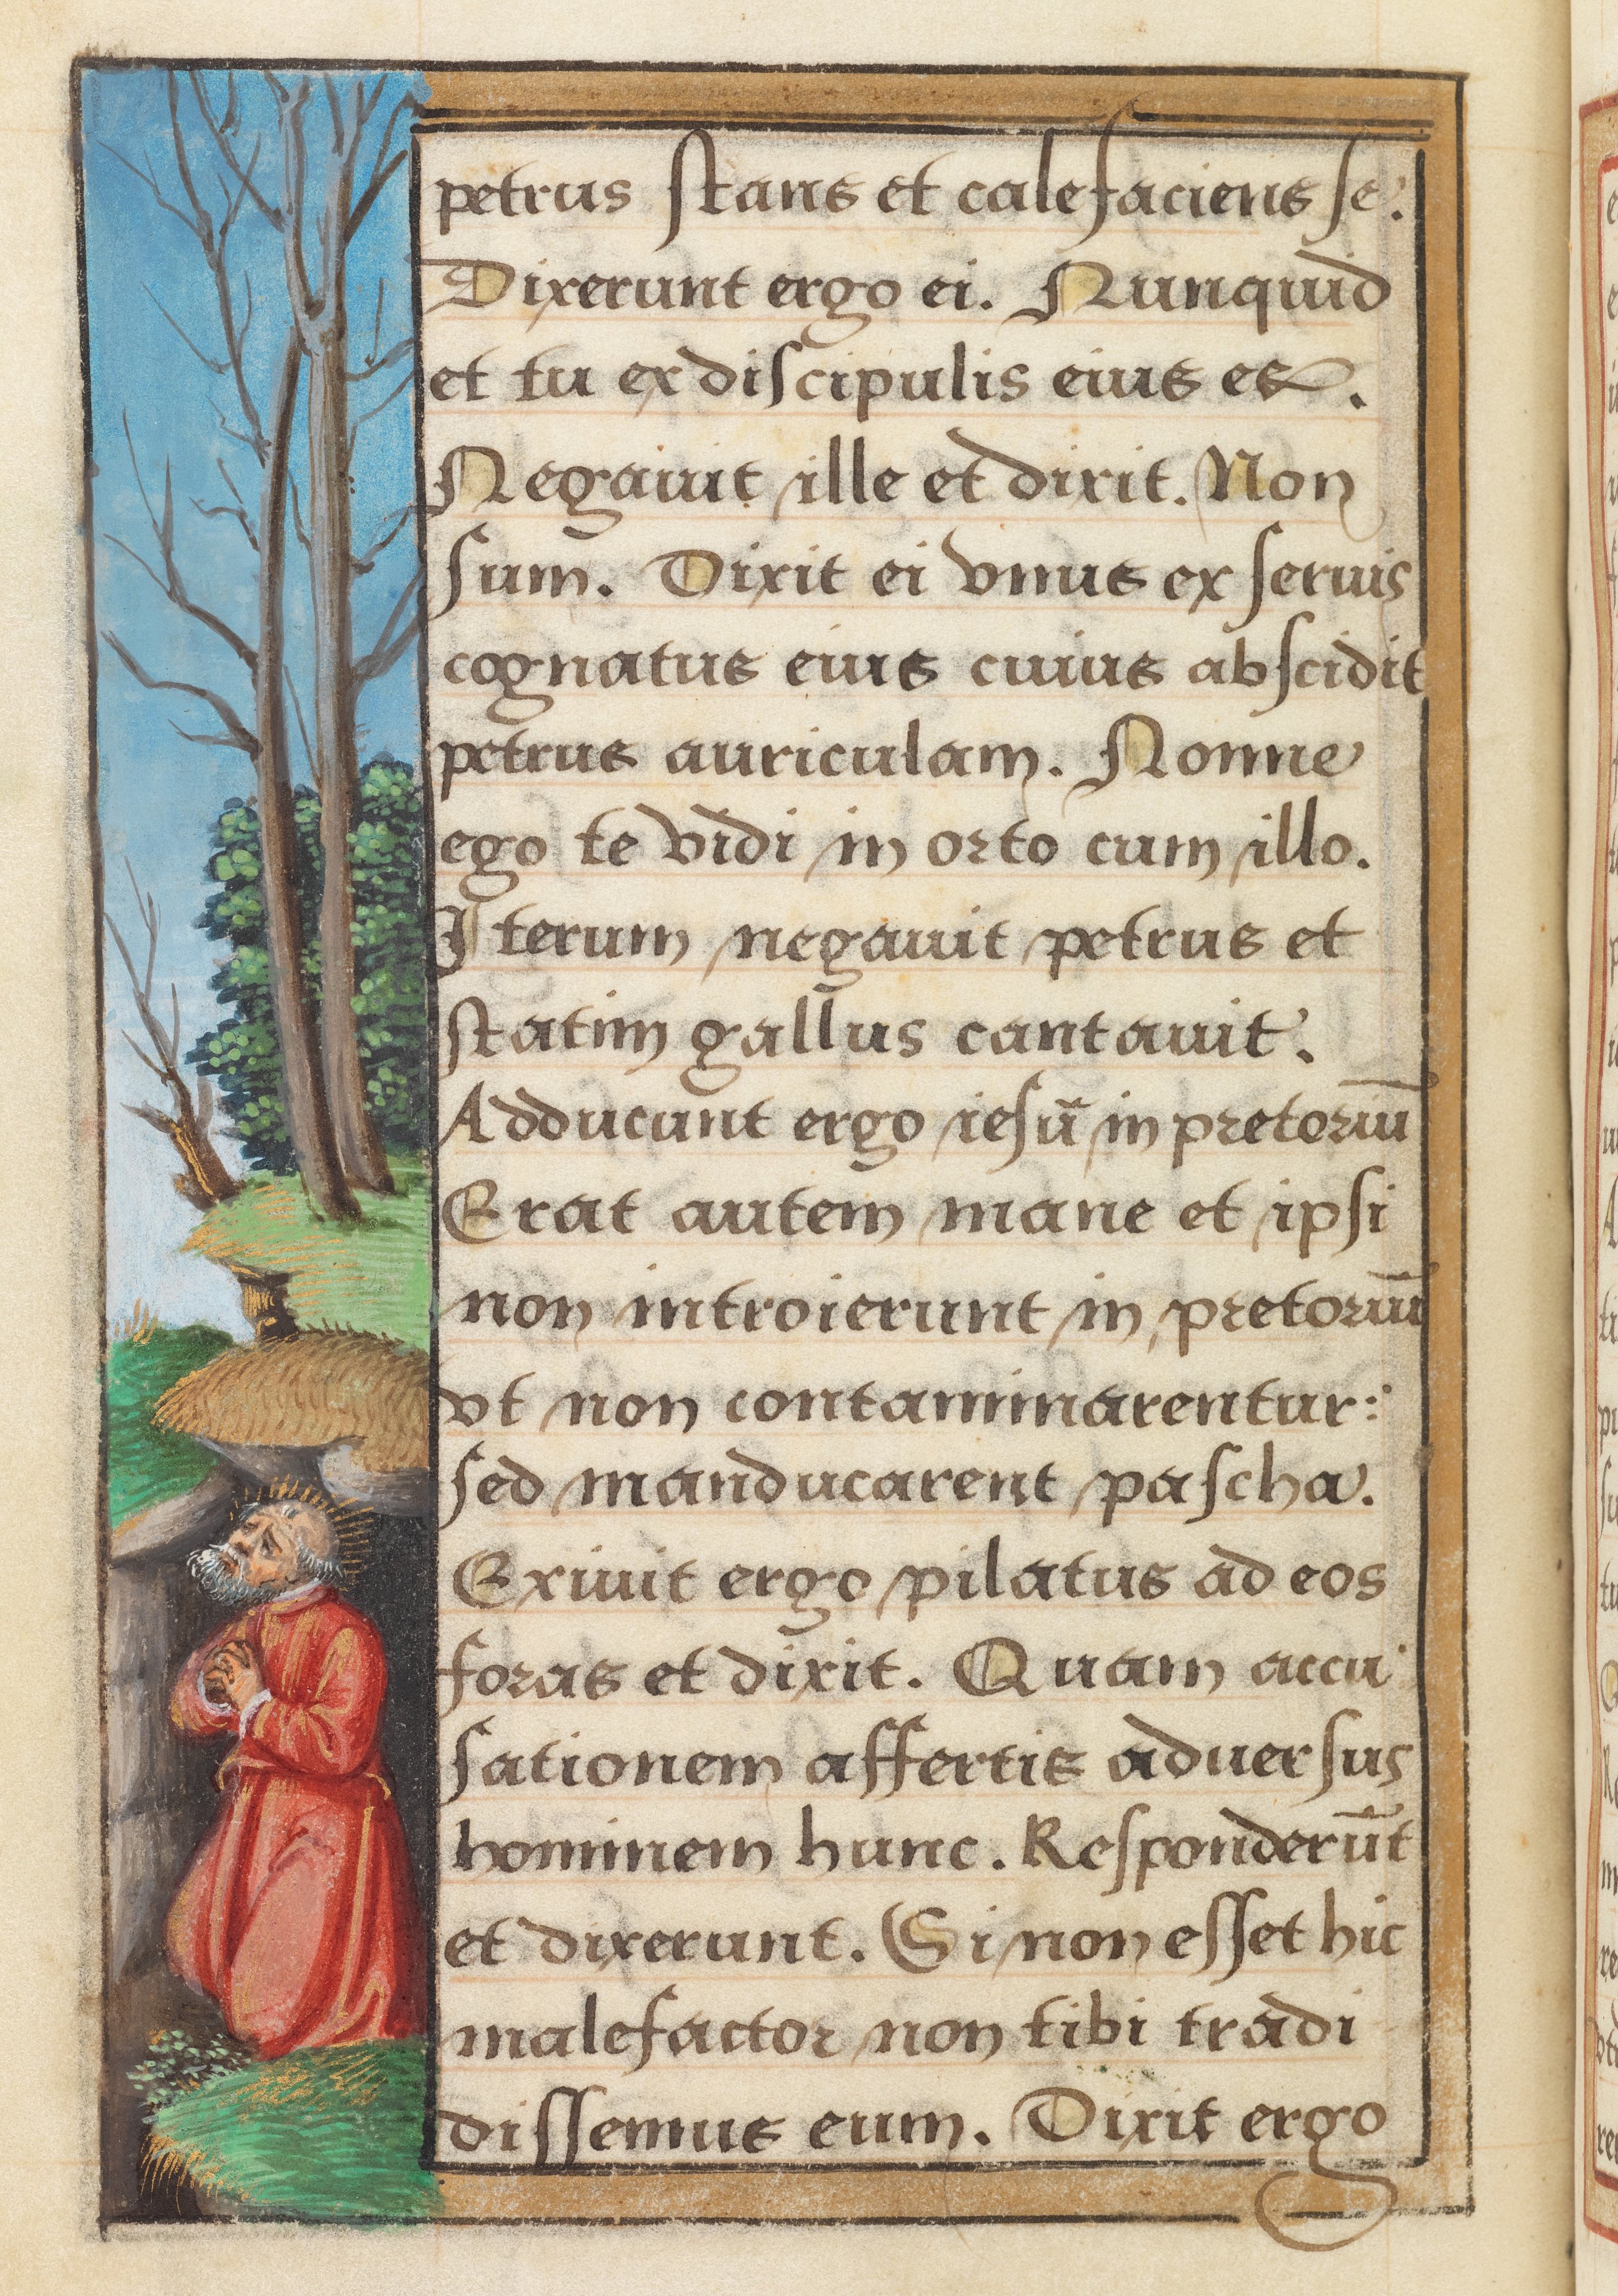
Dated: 1524–1524